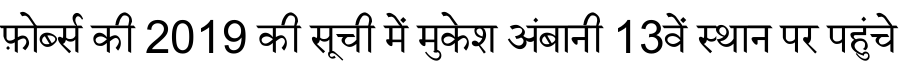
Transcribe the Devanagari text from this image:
फ़ोर्ब्स की 2019 की सूची में मुकेश अंबानी 13वें स्थान पर पहुंचे